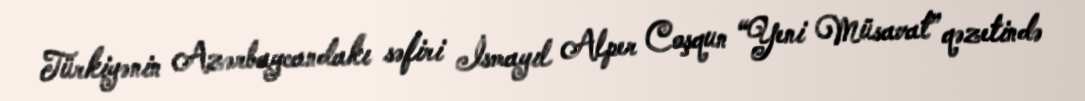
Türkiyənin Azərbaycandakı səfiri İsmayıl Alper Coşqun “Yeni Müsavat” qəzetində